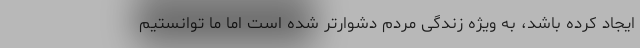
ایجاد کرده باشد، به ویژه زندگی مردم دشوارتر شده است اما ما توانستیم